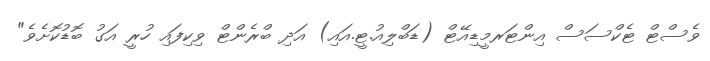
ވެސްޓް ޓެކްސަސް އިންޓަރމީޑިއޭޓް (ޑަބްލިއު.ޓީ.އައި) އަދި ބްރެންޓް ވިކިފައި ހުރީ އަގު ބޮޑުކޮށެވެ"